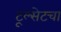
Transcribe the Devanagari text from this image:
टूल्सेटचा